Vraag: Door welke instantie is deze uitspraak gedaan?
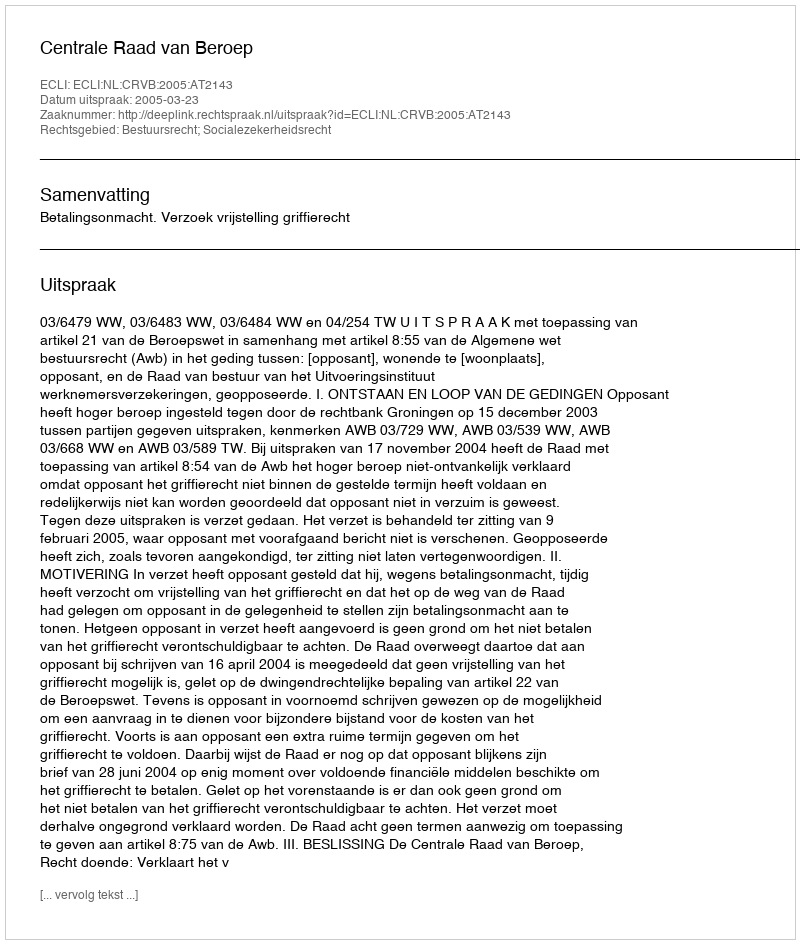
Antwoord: Centrale Raad van Beroep